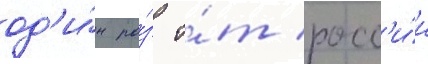
од'и́н ра́з о́т росс'и́и